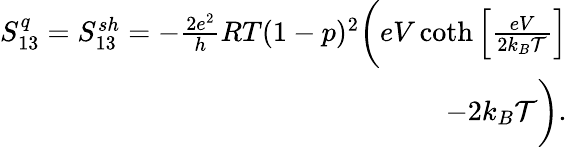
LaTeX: \begin{array}{r}{S_{13}^{q}={S_{13}^{sh}}=-\frac{2e^{2}}{h}RT(1-p)^{2}\bigg(eV\coth\left[\frac{eV}{2k_{B}\mathcal{T}}\right]}\\ {-2k_{B}\mathcal{T}\bigg).}\end{array}